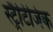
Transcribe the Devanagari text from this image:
स्ट्रैटिजिक